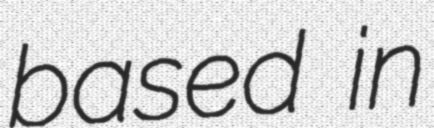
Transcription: based in